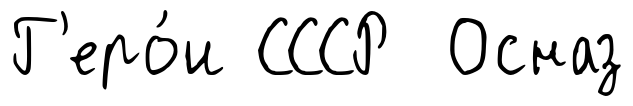
Г'еро́и СССР Осназ